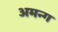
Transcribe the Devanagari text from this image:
अमन्ग